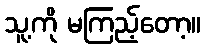
သူ့ကို မကြည့်တော့။